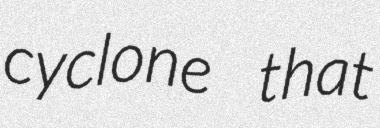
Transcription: cyclone that